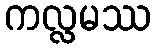
ကလ္လမဿ